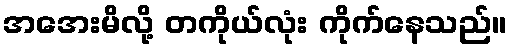
အအေးမိလို့ တကိုယ်လုံး ကိုက်နေသည်။